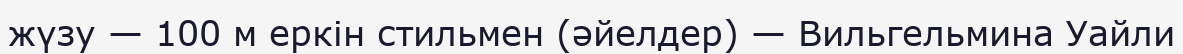
жүзу — 100 м еркін стильмен (әйелдер) — Вильгельмина Уайли